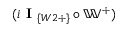
( i \textbf { I } _ { \{ W 2 + \} } \circ \mathbb { W } ^ { + } )